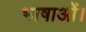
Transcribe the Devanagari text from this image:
भाषाओं।